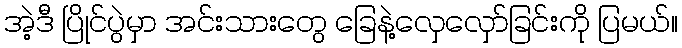
အဲ့ဒီ ပြိုင်ပွဲမှာ အင်းသားတွေ ခြေနဲ့လှေလှော်ခြင်းကို ပြမယ်။